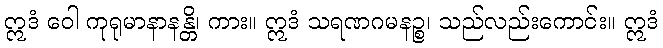
ဣဒံ ဝေါ ကုရုမာနာနန္တိ၊ ကား။ ဣဒံ သရဏဂမနဉ္စ၊ သည်လည်းကောင်း။ ဣဒံ